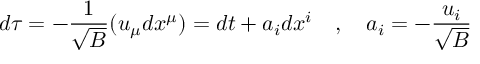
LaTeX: d \tau = - { \frac { 1 } { \sqrt { B } } } ( u _ { \mu } d x ^ { \mu } ) = d t + a _ { i } d x ^ { i } ~ ~ ~ , ~ ~ ~ a _ { i } = - { \frac { u _ { i } } { \sqrt { B } } }